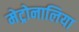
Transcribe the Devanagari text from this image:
मेट्रोनालिया